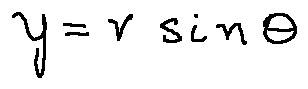
y = r \sin \theta